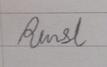
Signature authenticity: forged